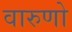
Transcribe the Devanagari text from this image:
वारुणो